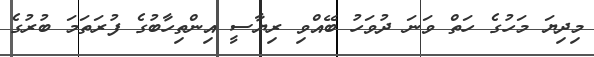
މިދިޔަ މަހުގެ ހަތް ވަނަ ދުވަހު ބޭއްވި ރިޔާސީ އިންތިހާބުގެ ފުރަތަމަ ބުރުގެ